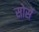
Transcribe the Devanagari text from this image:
सोर्से